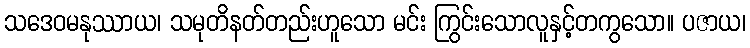
သဒေဝမနုဿာယ၊ သမုတိနတ်တည်းဟူသော မင်း ကြွင်းသောလူနှင့်တကွသော။ ပဇာယ၊